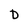
Character: D